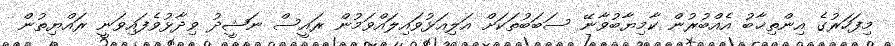
މިފަހަރުގެ އިންތިޚާބު އެއްބުރުން ކާމިޔާބުވާނޭ ސަބަބުތަކަށް އަލިއަޅުވައިލައްވަމުން ރައީސް ނަޝީދު ވިދާޅުވެފައިވަނީ ރައްޔިތުން